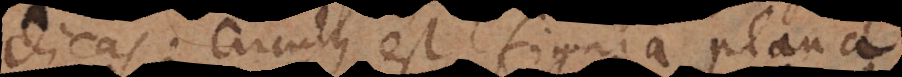
dicas: Circulus est figura plana